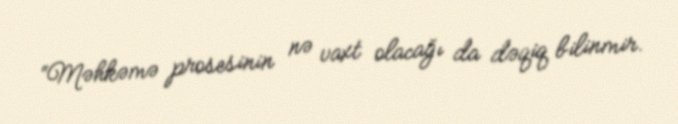
“Məhkəmə prosesinin nə vaxt olacağı da dəqiq bilinmir.